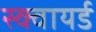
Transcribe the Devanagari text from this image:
स्क्वायर्ड